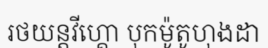
រថយន្តវីហ្គោ បុកម៉ូតូហុងដា